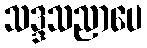
သဒ္ဒသညာပေ